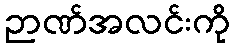
ဉာဏ်အလင်းကို